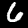
Label: 6